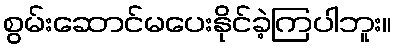
စွမ်းဆောင်မပေးနိုင်ခဲ့ကြပါဘူး။